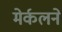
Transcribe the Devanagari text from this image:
मेर्कलने